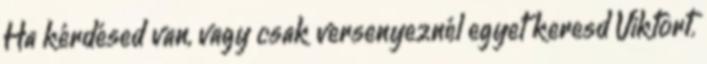
Ha kérdésed van, vagy csak versenyeznél egyet keresd Viktort.